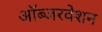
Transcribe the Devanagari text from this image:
ऑब्जरवेशन